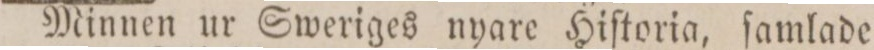
Minnen ur Sweriges nyare Hiſtoria, ſamlade